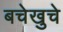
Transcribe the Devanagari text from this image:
बचेखुचे